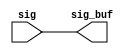
// ========== Copyright Header Begin ==========================================
// 
// OpenSPARC T1 Processor File: iob_jbi_rptr_1.v
// Copyright (c) 2006 Sun Microsystems, Inc.  All Rights Reserved.
// DO NOT ALTER OR REMOVE COPYRIGHT NOTICES.
// 
// The above named program is free software; you can redistribute it and/or
// modify it under the terms of the GNU General Public
// License version 2 as published by the Free Software Foundation.
// 
// The above named program is distributed in the hope that it will be 
// useful, but WITHOUT ANY WARRANTY; without even the implied warranty of
// MERCHANTABILITY or FITNESS FOR A PARTICULAR PURPOSE.  See the GNU
// General Public License for more details.
// 
// You should have received a copy of the GNU General Public
// License along with this work; if not, write to the Free Software
// Foundation, Inc., 51 Franklin St, Fifth Floor, Boston, MA 02110-1301, USA.
// 
// ========== Copyright Header End ============================================
module iob_jbi_rptr_1 (/*AUTOARG*/
   // Outputs
   sig_buf, 
   // Inputs
   sig
   );

// This repeater has 136 bits
output	[135:0]	 sig_buf;
input	[135:0]	 sig;


assign	sig_buf = sig;



endmodule